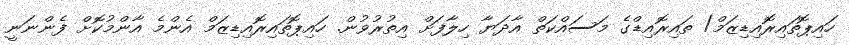
ހައިޕޮތައިރޮއިޑިޒަމް/ ތައިރޮއިޑްގެ މަސައްކަތް އާދަޔާ ހިލާފަށް އިތުރުވުން. ހައިޕޮތައިރޮއިޑިޒަމް އެންމެ އާންމުކޮށް ފެންނަނީ